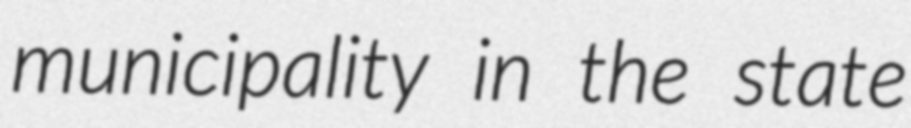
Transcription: municipality in the state